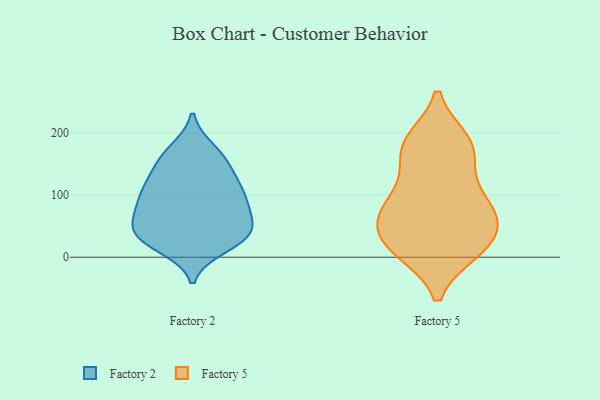
{"axis": {"x": "Bounce Rate (%)", "y": "Value"}, "legend": ["Factory 2", "Factory 5"], "data": [{"x": "", "y": 61, "type": "Factory 2"}, {"x": "", "y": 35, "type": "Factory 2"}, {"x": "", "y": 106, "type": "Factory 2"}, {"x": "", "y": 75, "type": "Factory 2"}, {"x": "", "y": 35, "type": "Factory 2"}, {"x": "", "y": 31, "type": "Factory 2"}, {"x": "", "y": 17, "type": "Factory 2"}, {"x": "", "y": 99, "type": "Factory 2"}, {"x": "", "y": 54, "type": "Factory 2"}, {"x": "", "y": 172, "type": "Factory 2"}, {"x": "", "y": 139, "type": "Factory 2"}, {"x": "", "y": 87, "type": "Factory 2"}, {"x": "", "y": 118, "type": "Factory 2"}, {"x": "", "y": 160, "type": "Factory 2"}, {"x": "", "y": 31, "type": "Factory 2"}, {"x": "", "y": 35, "type": "Factory 2"}, {"x": "", "y": 83, "type": "Factory 2"}, {"x": "", "y": 120, "type": "Factory 2"}, {"x": "", "y": 163, "type": "Factory 2"}, {"x": "", "y": 84, "type": "Factory 5"}, {"x": "", "y": 27, "type": "Factory 5"}, {"x": "", "y": 41, "type": "Factory 5"}, {"x": "", "y": 11, "type": "Factory 5"}, {"x": "", "y": 186, "type": "Factory 5"}, {"x": "", "y": 80, "type": "Factory 5"}, {"x": "", "y": 53, "type": "Factory 5"}, {"x": "", "y": 183, "type": "Factory 5"}, {"x": "", "y": 171, "type": "Factory 5"}, {"x": "", "y": 13, "type": "Factory 5"}, {"x": "", "y": 74, "type": "Factory 5"}, {"x": "", "y": 12, "type": "Factory 5"}, {"x": "", "y": 128, "type": "Factory 5"}, {"x": "", "y": 84, "type": "Factory 5"}, {"x": "", "y": 176, "type": "Factory 5"}]}